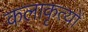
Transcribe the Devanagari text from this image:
कलाकृत्यों